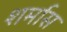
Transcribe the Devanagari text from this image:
शर्मास